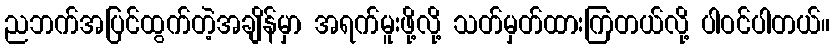
ညဘက်အပြင်ထွက်တဲ့အချိန်မှာ အရက်မူးဖို့လို့ သတ်မှတ်ထားကြတယ်လို့ ပါဝင်ပါတယ်။